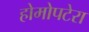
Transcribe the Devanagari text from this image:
होमोपटेरा